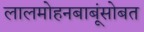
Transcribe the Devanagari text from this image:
लालमोहनबाबूंसोबत